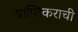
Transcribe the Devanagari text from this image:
प्राप्तिकराची